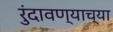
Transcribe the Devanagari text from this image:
रुंदावण्याच्या